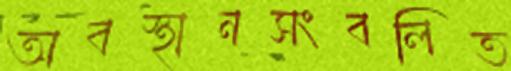
অবস্থানসংবলিত